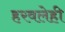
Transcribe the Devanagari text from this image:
हरवलेही